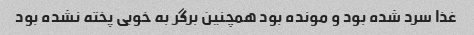
غذا سرد شده بود و مونده بود همچنین برگر به خوبی پخته نشده بود